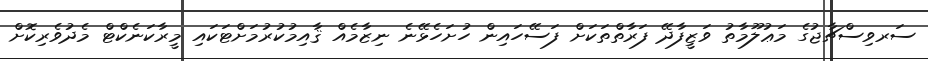
ސަރވިސްޗާޖުގެ މަޢުލޫމާތު ވަޒީފާދޭ ފަރާތްތަކަށް ފަސޭހައިން ހުށަހެޅޭނެ ނިޒާމެއް ޤާއިމުކުރުމަށްޓަކައި މީރާކަނެކްޓް މެދުވެރިކޮށް